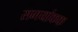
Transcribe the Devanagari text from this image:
समयांकक